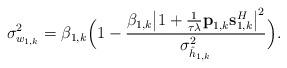
LaTeX: \begin{align*}\sigma_{w_{1,k}}^2 = \beta_{1,k} \Big(1 - \frac{\beta_{1,k} \big|1 + \frac{1}{\tau \lambda} \textbf{p}_{1,k} \textbf{s}_{1,k}^H \big|^2}{\sigma_{\hat{h}_{1,k}}^2} \Big).\end{align*}